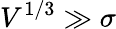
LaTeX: V^{1/3}\gg\sigma